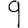
Digit: 9